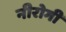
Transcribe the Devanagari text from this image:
नीरोगी